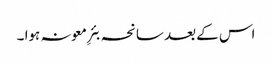
اس کے بعد سانحہ بئرِ معونہ ہوا ۔